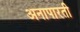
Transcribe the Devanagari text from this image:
अनापारती